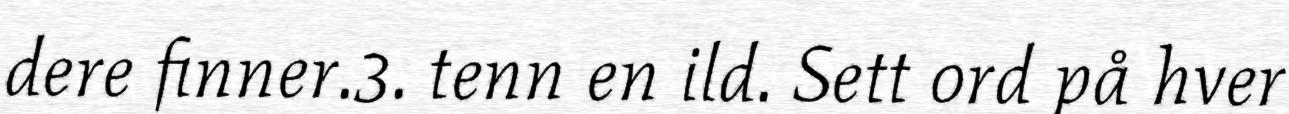
dere finner.3. tenn en ild. Sett ord på hver